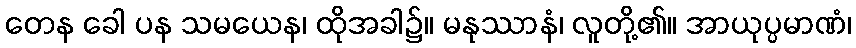
တေန ခေါ ပန သမယေန၊ ထိုအခါ၌။ မနုဿာနံ၊ လူတို့၏။ အာယုပ္ပမာဏံ၊